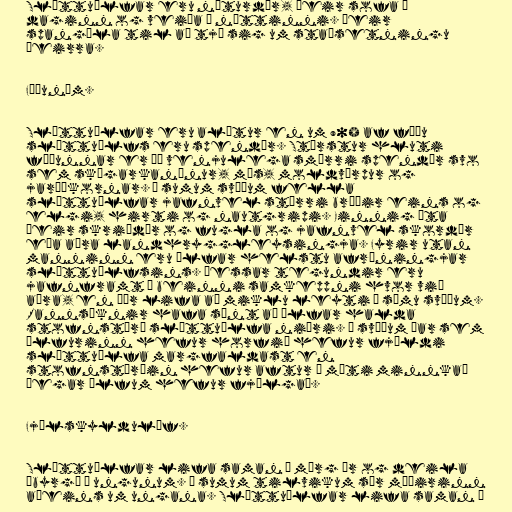
Sléttuúlfar eru næturdýr, þeir sofa á
daginn og veiða á nóttinni. Þeir
spangóla til að tjá sig um staðsetningu
þeirra.

Fæðunám.

Sléttuúlfar eru alætur en um 90% af fæðu
sléttuúlfs eru spendýr. Stærstur hluti
fæðunnar er þó venjulega smærri spendýr svo
sem skógarkanínur, mýs, moldvörpur og
jarðíkornar. Á sumum svæðum fella
sléttuúlfar jafnvel stærri bráðir eins og
elgi, hirti og nautgripi. Einnig éta
þeir skriðdýr og fugla og jafnvel skordýr
eða aðra landhryggleysingja. Fyrir utan
manninn eru úlfar helstu afræningjar
sléttuúlfsins. Þessar tegundir eru
jafnframt í beinni samkeppni hvor við
aðra, en þær lifa að miklu leyti á sömu svæðum.
Rannsóknir hafa sýnt að úlfar halda
stofnstærð sléttuúlfa niðri. Á svæðum þar sem
úlfurinn hefur horfið hefur fjöldi
sléttuúlfa margfaldast en
stofnstærðin hefur aftur á móti minnkað
þegar úlfum hefur fjölgað.

Fjölskyldulíf.

Sléttuúlfar lifa saman í mörg ár og deila
ábyrgð á ungunum. Í sumum tilvikum sér móðirinn
aðeins um ungana. Sléttuúlfar lifa saman í